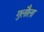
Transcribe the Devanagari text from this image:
गुलौला